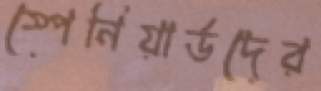
স্পেনিয়ার্ডদের